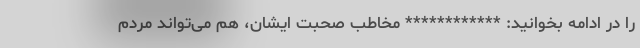
را در ادامه بخوانید: ************ مخاطب صحبت ایشان، هم می‌تواند مردم